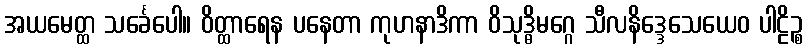
အယမေတ္ထ သင်္ခေပေါ။ ဝိတ္ထာရေန ပနေတာ ကုဟနာဒိကာ ဝိသုဒ္ဓိမဂ္ဂေ သီလနိဒ္ဒေသေယေဝ ပါဠိဉ္စ